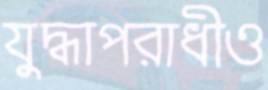
যুদ্ধাপরাধীও